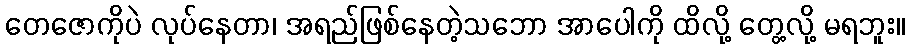
တေဇောကိုပဲ လုပ်နေတာ၊ အရည်ဖြစ်နေတဲ့သဘော အာပေါကို ထိလို့ တွေ့လို့ မရဘူး။